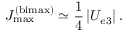
J _ { \mathrm { m a x } } ^ { \mathrm { ( b i m a x ) } } \simeq \frac { 1 } { 4 } \, | U _ { e 3 } | \, .